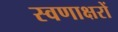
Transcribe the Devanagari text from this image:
स्वणाक्षरों